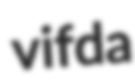
vifda